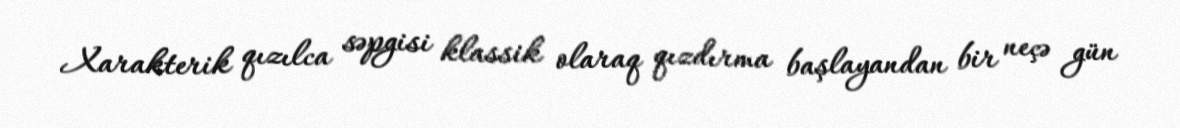
Xarakterik qızılca səpgisi klassik olaraq qızdırma başlayandan bir neçə gün